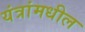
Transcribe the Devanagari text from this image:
यंत्रांमधील